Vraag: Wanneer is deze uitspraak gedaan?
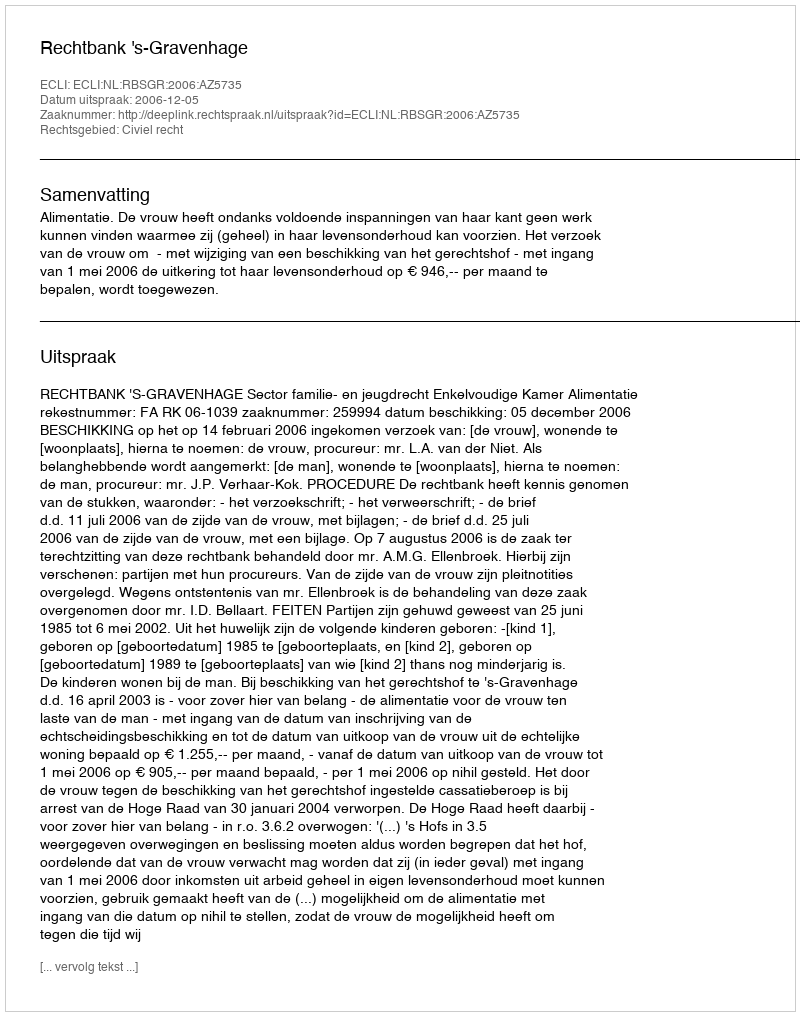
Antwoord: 2006-12-05